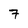
Character: 7